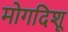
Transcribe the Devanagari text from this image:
मोगदिशू